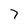
Character: 7